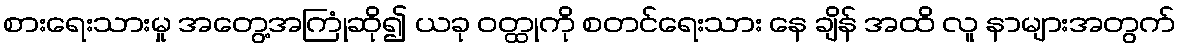
စားရေးသားမှု အတွေ့အကြုံဆို၍ ယခု ဝတ္ထုကို စတင်ရေးသား နေ ချိန် အထိ လူ နာများအတွက်